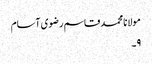
مولانا محمد قاسم رضوی آسام
۹۔